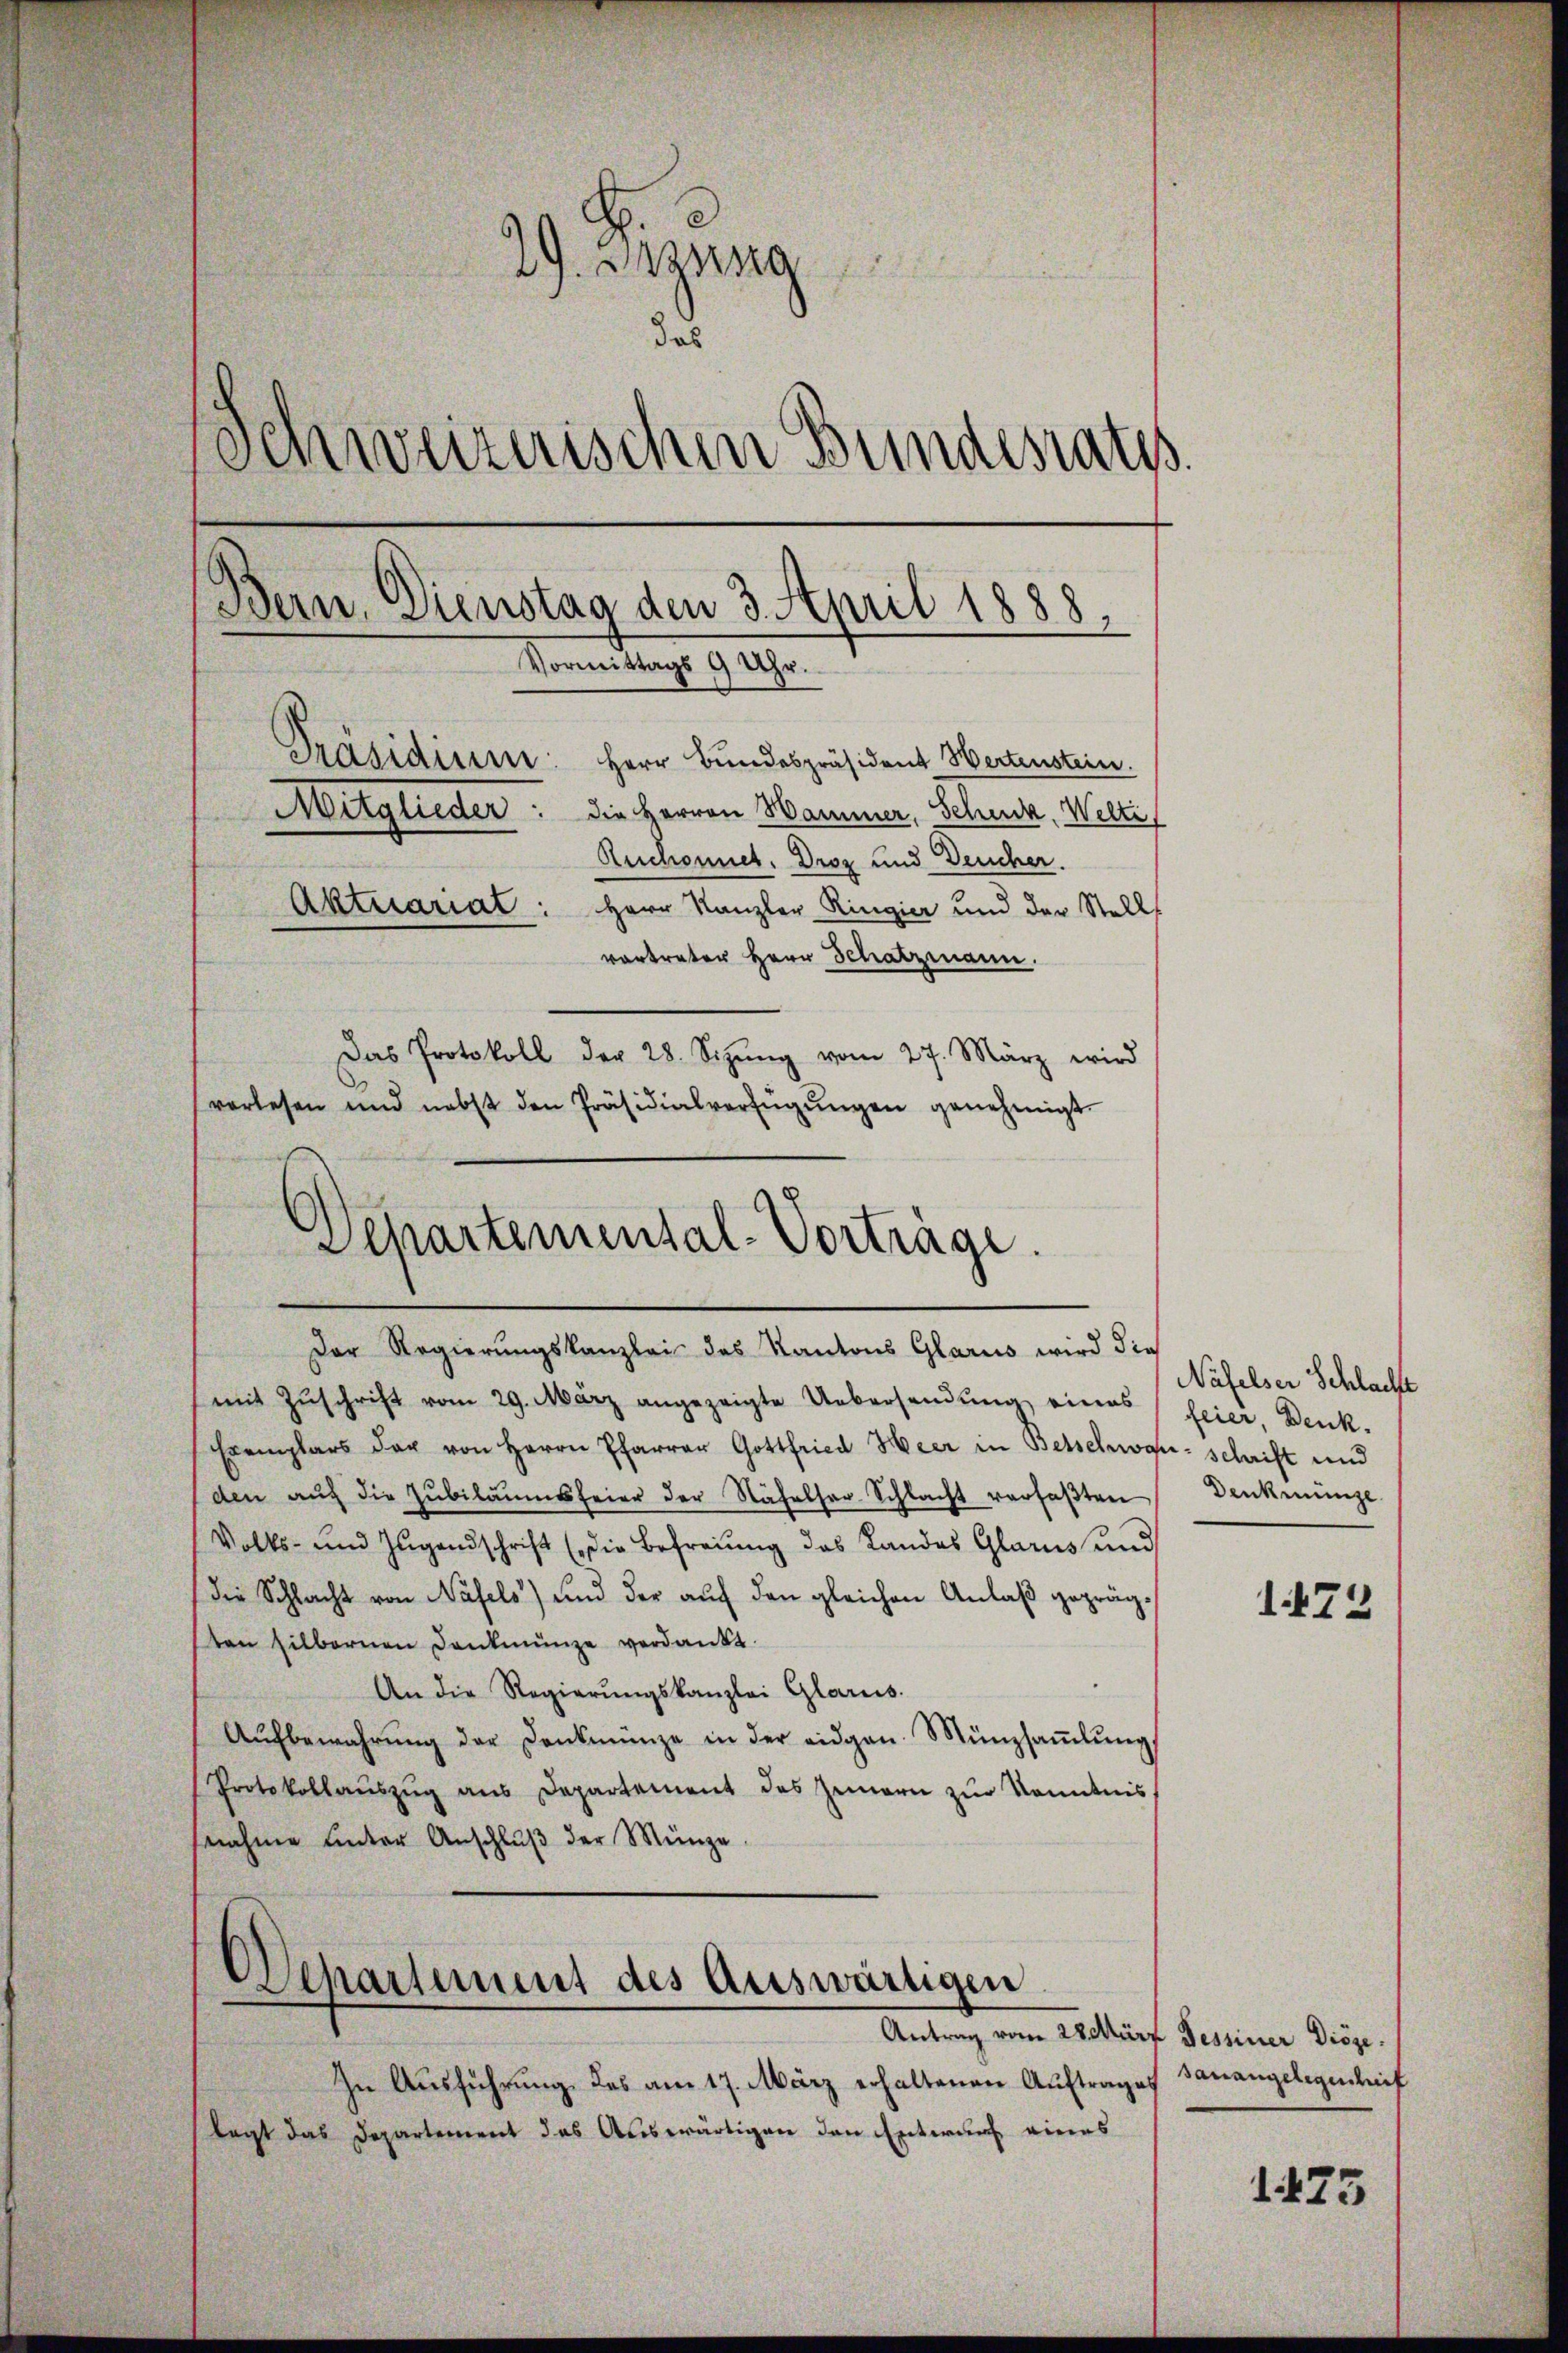
29. Gesung
das
Schweizerischen Bundesrath
Bern, Dienstag den 3. April 1888.
Vormittags 9 Uhr.
Präsidium: Herr Bundespräsident Wertenstein.
Mitglieder: die Herren Hammer, Schmid, Welti,
Ruchonnet. Droz und Deucher.
Aktuariat: Herr Kanzler Ringier und der Stell
vortreter Herr Schatzmann.
Das Protokoll der 28. Sizŭng vom 27. März wird
vorlesen und nebst den Präsidialverfügŭngen genehmigt.

Departemental-Vorträge.
Der Regierungskanzlei das Kantons Glarus wird dies

(mit Zŭschrift vom 29. März angezeigte Uebersendŭng eines feier, Denk-
Exemplars der von Herrn Pfarrer Gottfried Heer in Betschwan- schrift und
den aŭf die Zŭbilaŭmsfeier der Nähelser Schlacht verfaβten
Volks- und Zugandschrift (die Befreiung des Landes Glarus und
die Schlacht von Näfels) und der auf den gleichen Anlaß geprägten silbernen Dankmünze verdankt.
An die Regierŭngskanzlei Glarus.
Aŭfbewahrŭng der Dankmünze in der eidgen. Münzsaṁlŭng
Protokollaŭszŭg ans Departement des Innern zŭr Kenntnis,
snahme unter Anschlŭβ der Münze
Departement des Auswärtigen
Antrag vom 28. März Tessiner Diöze.
In Ausführung des am 17. März erhaltenen Auftrages
legt das Departement das Auswärtigen den Entwurf eines

Näfelser Schlache
Denkmünze

1472

sanangelegensteif

1425